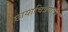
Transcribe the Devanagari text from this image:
छायाचित्रणाचा